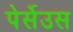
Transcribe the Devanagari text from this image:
पेर्सेउस